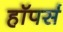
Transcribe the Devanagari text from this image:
हॉपर्स